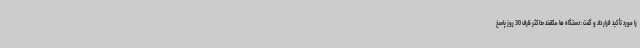
را مورد تأکید قرار داد و گفت: دستگاه ها مکلفند حداکثر ظرف 30 روز پاسخ